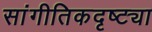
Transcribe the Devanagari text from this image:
सांगीतिकदृष्ट्या